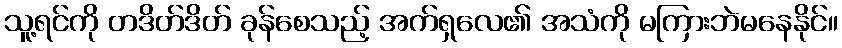
သူ့ရင်ကို တဒိတ်ဒိတ် ခုန်စေသည့် အက်ရှလေ၏ အသံကို မကြားဘဲမနေနိုင်။